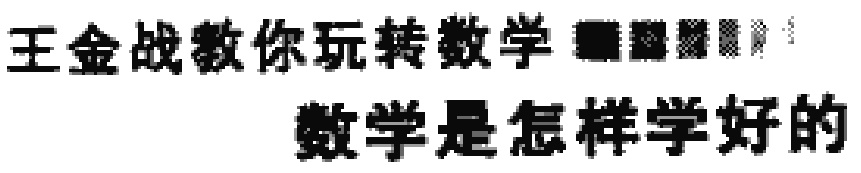
王金战教你玩转数学  数学是怎样学好的